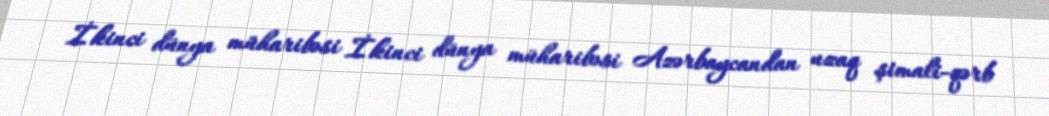
İkinci dünya müharibəsi İkinci dünya müharibəsi Azərbaycandan uzaq şimali-qərb